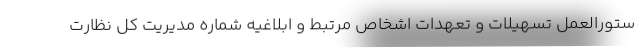
ستورالعمل تسهیلات و تعهدات اشخاص مرتبط و ابلاغیه شماره مدیریت کل نظارت